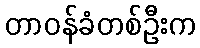
တာဝန်ခံတစ်ဦးက